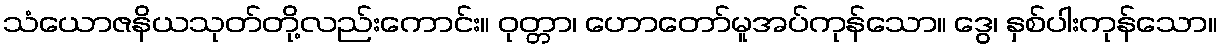
သံယောဇနိယသုတ်တို့လည်းကောင်း။ ဝုတ္တာ၊ ဟောတော်မူအပ်ကုန်သော။ ဒွေ၊ နှစ်ပါးကုန်သော။